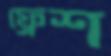
ফ্রেশ